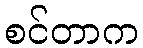
စင်တာက